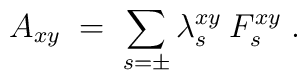
A_{xy} \;=\; \sum_{s=\pm} \lambda_s^{xy}\: F_s^{xy} \;.